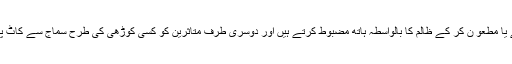
ہم الٹا متاثرین کو یا تو چپ رہنے مجبور کر کے یا مطعو ن کر کے ظالم کا بالواسطہ ہاتھ مضبوط کرتے ہیں اور دوسری طرف متاثرین کو کسی کوڑھی کی طرح سماج سے کاٹ پھینکنے کی کوشش میں خود بھی ظلم کرتے ہیں۔